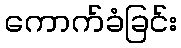
ကောက်ခံခြင်း